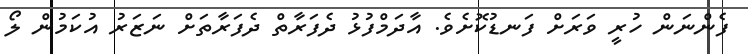
ފެންނަން ހުރީ ވަރަށް ފަނޑުކޮށެވެ. އާދަމްފުޅު ދެފަރާތް ދެފަރާތަށް ނަޒަރު އުކަމުން ލޯ